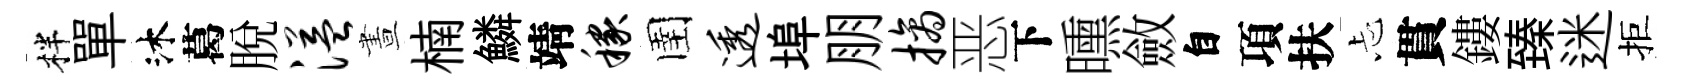
柈單沐葛脱溢晝楠鱗靖稼圉透埠朋摘恶下曛斂自項扶忐貫鏤臻迷拒